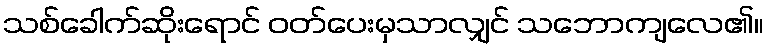
သစ်ခေါက်ဆိုးရောင် ဝတ်ပေးမှသာလျှင် သဘောကျလေ၏။